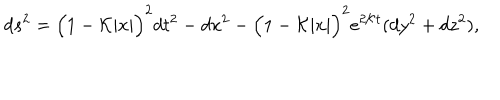
LaTeX: d s ^ { 2 } = \Big ( 1 - { \cal K } | x | \Big ) ^ { 2 } d t ^ { 2 } - d x ^ { 2 } - \Big ( 1 - { \cal K } | x | \Big ) ^ { 2 } e ^ { 2 { \cal K } t } ( d y ^ { 2 } + d z ^ { 2 } ) ,